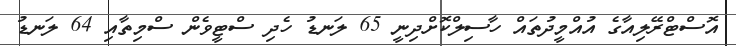
އޮސްޓްރޭލިއާގެ އުއްމީދުތައް ހާސިލްކޮށްދިނީ 65 ލަނޑު ހެދި ސްޓީވެން ސްމިތާއި 64 ލަނޑު